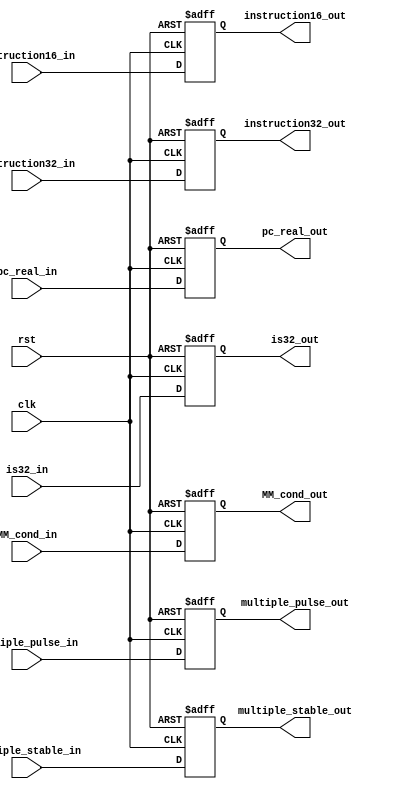
module reg_if_id(	clk,
					rst,
					
					instruction16_in,
					instruction32_in,
					is32_in,
					MM_cond_in,
					pc_real_in,
					multiple_pulse_in,
					multiple_stable_in,
					
					instruction16_out,
					instruction32_out,
					is32_out,
					MM_cond_out,
					pc_real_out,
					multiple_pulse_out,
					multiple_stable_out
					);

	input clk, rst;
	input multiple_pulse_in, multiple_stable_in;
	input [15:0] instruction16_in;
	input [31:0] instruction32_in;
	input is32_in;
	input MM_cond_in;
	input [31:0] pc_real_in;

	output multiple_pulse_out, multiple_stable_out;
	output [15:0] instruction16_out;
	output [31:0] instruction32_out;
	output is32_out;
	output MM_cond_out;
	output [31:0] pc_real_out;
	
	reg multiple_pulse, multiple_stable;
	reg [15:0] instruction16;
	reg [31:0] instruction32;
	reg is32;
	reg MM_cond;
	reg [31:0] pc_real;
	
	assign instruction16_out = instruction16;
	assign instruction32_out = instruction32;
	assign is32_out = is32;
	assign MM_cond_out = MM_cond;
	assign pc_real_out = pc_real;
	assign multiple_pulse_out = multiple_pulse;
	assign multiple_stable_out = multiple_stable;

	always@(negedge clk or posedge rst)begin
		if(rst) begin
			instruction16 <= 0;
			instruction32 <= 0;
			is32 <= 0;
			MM_cond <= 0;
			pc_real <= 0;
			multiple_pulse <= 0;
			multiple_stable <= 0;
		end
		else begin
			instruction16 <= instruction16_in;
			instruction32 <= instruction32_in;
			is32 <= is32_in;
			MM_cond <= MM_cond_in;
			pc_real <= pc_real_in;
			multiple_pulse <= multiple_pulse_in;
			multiple_stable <= multiple_stable_in;
		end
	end
endmodule